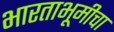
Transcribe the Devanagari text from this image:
भारताभूमीचा